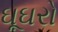
ઘૂઘરો